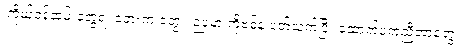
၊ကိုယ့်ဝန်ထမ်းတွေရဲ့ ဘေးက တွေ ၊ ဉပမာ ကိုဗစ်နဲ့ ပတ်သက်ပြီး ထောက်ပံ့ကူညီတာတွေ ၊